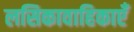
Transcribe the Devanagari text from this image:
लसिकावाहिकाएँ